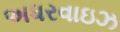
અધરવાઇઝ